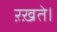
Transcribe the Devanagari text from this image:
ऱख़ते।